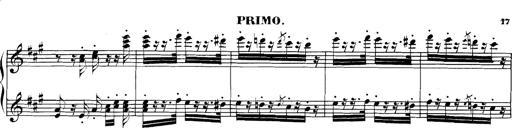
Title: Spinnerlied aus dem Fliegenden HollÃ¤nder
Composer: Franz Liszt